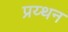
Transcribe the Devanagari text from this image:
प्रय्थन